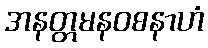
အနတ္တမနဝစနာဟံ